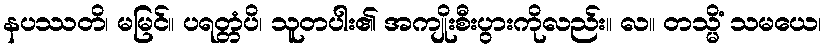
နပဿတိ၊ မမြင်။ ပရတ္တံပိ၊ သူတပါး၏ အကျိုးစီးပွားကိုလည်း။ လ။ တသ္မိံ သမယေ၊